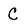
Character: C